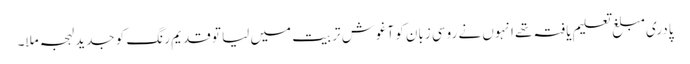
پادری مبلغ تعلیم یافتہ تھے انہوں نے روسی زبان کو آغوش تربیت میں لیا تو قدیم رنگ کو جدید لہجہ ملا۔